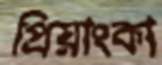
প্রিয়াংকা